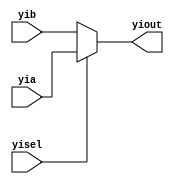
`timescale 1ns / 1ps
//////////////////////////////////////////////////////////////////////////////////
// Company: 
// Engineer: 
// 
// Design Name: 
// Module Name:    mux2_1 
// Project Name: 
// Target Devices: 
// Tool versions: 
// Description: 
//
// Dependencies: 
//
// Revision: 
// Revision 0.01 - File Created
// Additional Comments: 
//
//////////////////////////////////////////////////////////////////////////////////
module mux2_1(
    input [31:0] yia,
    input [31:0] yib,
    input yisel,
    output [31:0] yiout
    );
	 assign yiout = yisel?yia:yib;


endmodule